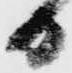
日